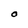
Character: O